Bulletin of the Pasteur Institute of Southern India, Coonoor - No. 3.
Year: 1910
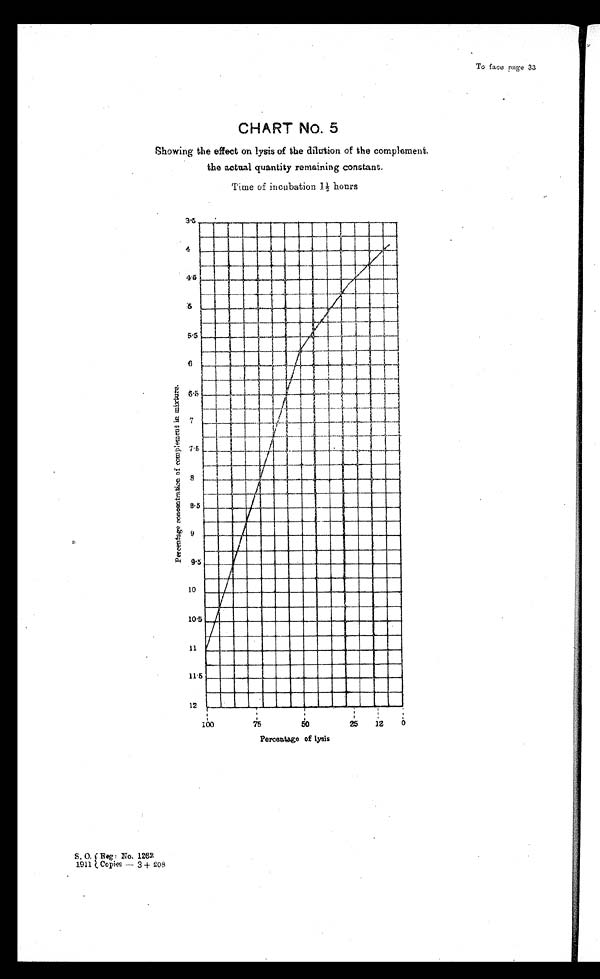
To face page 33
CHART NO. 5
Showing the effect on lysis of the dilution of the complement.
the actual quantity remaining constant.
Time of incubation 1½ hours
S . O . { R e g : N o . 1 2 6 2
1 9 1 1 { c o p i e s — 3 + 2 0 8